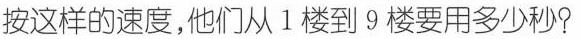
按这样的速度，他们从1楼到9楼要用多少秒？